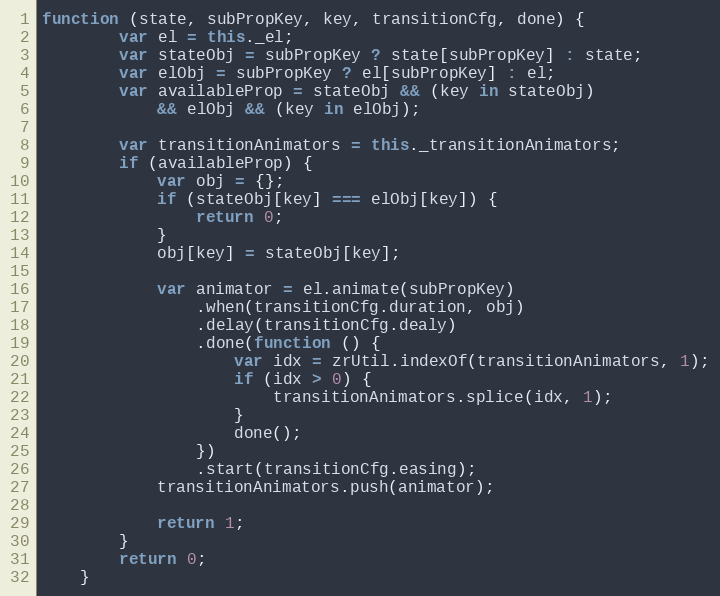
Language: JavaScript
function (state, subPropKey, key, transitionCfg, done) {
        var el = this._el;
        var stateObj = subPropKey ? state[subPropKey] : state;
        var elObj = subPropKey ? el[subPropKey] : el;
        var availableProp = stateObj && (key in stateObj)
            && elObj && (key in elObj);

        var transitionAnimators = this._transitionAnimators;
        if (availableProp) {
            var obj = {};
            if (stateObj[key] === elObj[key]) {
                return 0;
            }
            obj[key] = stateObj[key];

            var animator = el.animate(subPropKey)
                .when(transitionCfg.duration, obj)
                .delay(transitionCfg.dealy)
                .done(function () {
                    var idx = zrUtil.indexOf(transitionAnimators, 1);
                    if (idx > 0) {
                        transitionAnimators.splice(idx, 1);
                    }
                    done();
                })
                .start(transitionCfg.easing);
            transitionAnimators.push(animator);

            return 1;
        }
        return 0;
    }